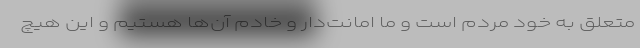
متعلق به خود مردم است و ما امانت‌دار و خادم آن‌ها هستیم و این هیچ